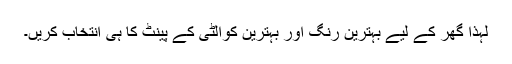
لہٰذا گھر کے لیے بہترین رنگ اور بہترین کوالٹی کے پینٹ کا ہی انتخاب کریں۔